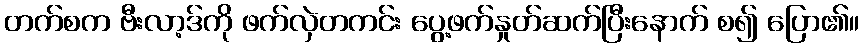
တက်စက ဗီးလာ့ဒ်ကို ဖက်လှဲတကင်း ပွေ့ဖက်နှုတ်ဆက်ပြီးနောက် စ၍ ပြော၏။